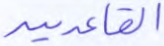
القاعدين